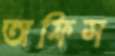
অফিস